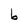
Character: b